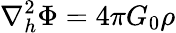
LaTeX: \nabla_{h}^{2}\Phi=4\pi G_{0}\rho